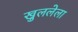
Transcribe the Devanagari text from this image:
खुललेला